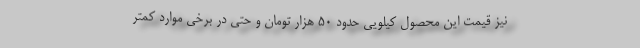
نیز قیمت این محصول کیلویی حدود ۵۰ هزار تومان و حتی در برخی موارد کمتر